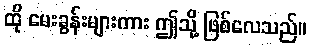
ထို မေးခွန်းများကား ဤသို့ ဖြစ်လေသည်။